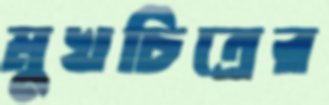
মুখচিত্রের